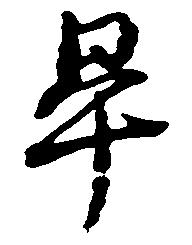
畢